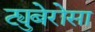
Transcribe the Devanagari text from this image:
ट्युबेरोसा